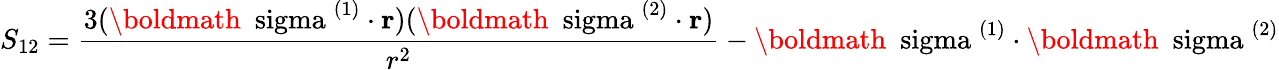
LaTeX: S_{12}=\frac{3(\mathrm{\boldmath~\ sigma~}^{(1)}\cdot{\mathbf r})(\mathrm{\boldmath~\ sigma~}^{(2)}\cdot{\mathbf r})}{r^{2}}-\mathrm{\boldmath~\ sigma~}^{(1)}\cdot\mathrm{\boldmath~\ sigma~}^{(2)}